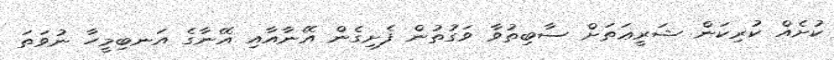
ކުށެއް ކުރިކަން ޝަރީޢަތަށް ސާބިތުވާ ވަގުތުން ފެށިގެން އޭނާއާއި އޭނާގެ އަނބިމީހާ ނުވަތަ